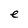
Character: e